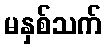
မနှစ်သက်